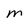
Character: m